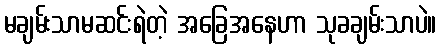
မချမ်းသာမဆင်းရဲတဲ့ အခြေအနေဟာ သုခချမ်းသာပဲ။